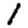
Digit: 1